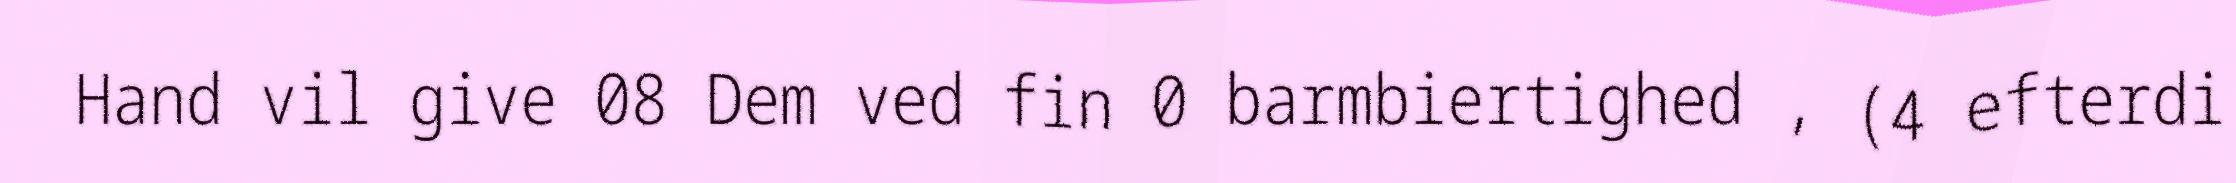
Hand vil give 08 Dem ved fin 0 barmbiertighed , (4 efterdi